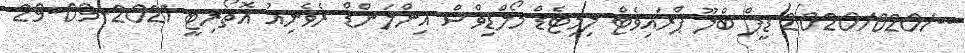
--/2020/020 ޑީޕް ބްލޫ ޕްރައިވެޓް ލިމިޓެޑް މޯލްޑިވްސް އިންލަންޑް ރެވެނިއު އޮތޯރިޓީ 2021-09-29